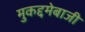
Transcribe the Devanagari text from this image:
मुकद्दमेबाजी